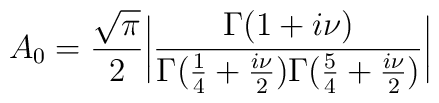
A_0={\sqrt\pi\over2}\bigg|\frac{\Gamma(1+i\nu)}{\Gamma({1\over4}+{i\nu\over2})\Gamma({5\over4}+{i\nu\over2})}\bigg|